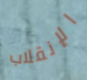
الإنقلاب